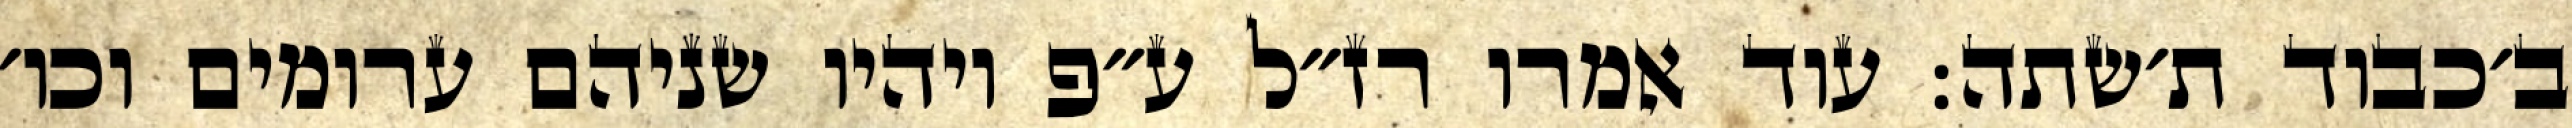
ב׳כבוד ת׳שתה: עוד אמרו רז״ל ע״פ ויהיו שניהם ערומים וכו׳